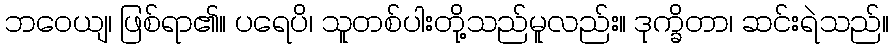
ဘဝေယျ၊ ဖြစ်ရာ၏။ ပရေပိ၊ သူတစ်ပါးတို့သည်မူလည်း။ ဒုက္ခိတာ၊ ဆင်းရဲသည်။